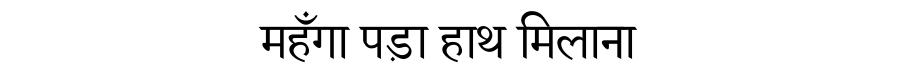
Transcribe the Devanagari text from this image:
महँगा पड़ा हाथ मिलाना